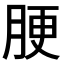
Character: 𦛟